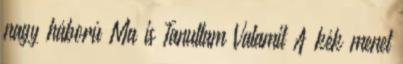
nagy háború Ma is Tanultam Valamit A kék menet